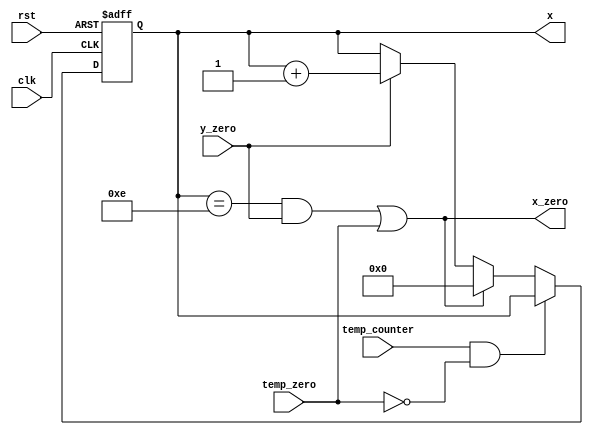
module x_count_L8(x,x_zero,y_zero,clk,rst,temp_counter,temp_zero);
input wire y_zero,rst,clk,temp_counter,temp_zero;
output reg [4:0] x;
output wire x_zero;

always @ (posedge clk or negedge rst)
	begin
		if (!rst )
			x<=0;
		else if (temp_counter&&!temp_zero);
		else if ((((x==14))&&y_zero)||temp_zero)
			x<=0;	
		else if (y_zero)
			x<=x+5'b1;
	end
assign x_zero=((((x==14))&&y_zero)||temp_zero);
endmodule